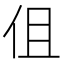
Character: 伹